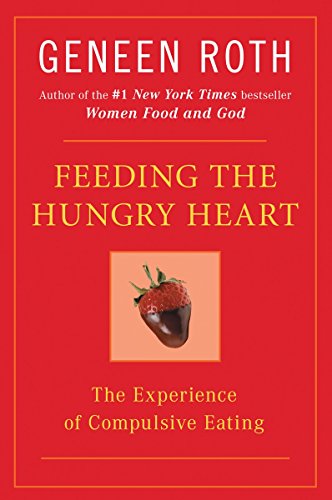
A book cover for Feeding the Hungry Heart: The Experience of Compulsive Eating; Geneen Roth; Self-Help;